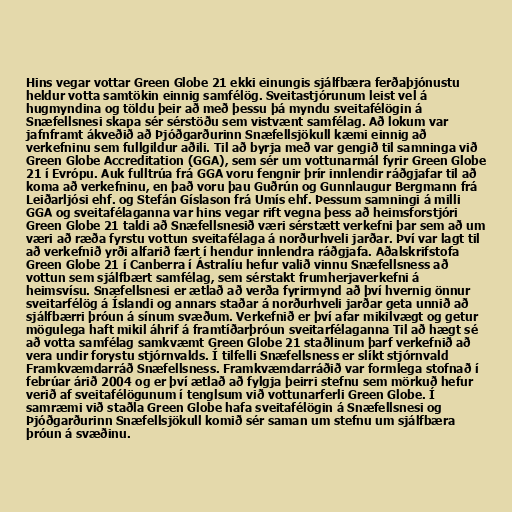
Hins vegar vottar Green Globe 21 ekki einungis sjálfbæra ferðaþjónustu
heldur votta samtökin einnig samfélög. Sveitastjórunum leist vel á
hugmyndina og töldu þeir að með þessu þá myndu sveitafélögin á
Snæfellsnesi skapa sér sérstöðu sem vistvænt samfélag. Að lokum var
jafnframt ákveðið að Þjóðgarðurinn Snæfellsjökull kæmi einnig að
verkefninu sem fullgildur aðili. Til að byrja með var gengið til samninga við
Green Globe Accreditation (GGA), sem sér um vottunarmál fyrir Green Globe
21 í Evrópu. Auk fulltrúa frá GGA voru fengnir þrír innlendir ráðgjafar til að
koma að verkefninu, en það voru þau Guðrún og Gunnlaugur Bergmann frá
Leiðarljósi ehf. og Stefán Gíslason frá Umís ehf. Þessum samningi á milli
GGA og sveitafélaganna var hins vegar rift vegna þess að heimsforstjóri
Green Globe 21 taldi að Snæfellsnesið væri sérstætt verkefni þar sem að um
væri að ræða fyrstu vottun sveitafélaga á norðurhveli jarðar. Því var lagt til
að verkefnið yrði alfarið fært í hendur innlendra ráðgjafa. Aðalskrifstofa
Green Globe 21 í Canberra í Ástralíu hefur valið vinnu Snæfellsness að
vottun sem sjálfbært samfélag, sem sérstakt frumherjaverkefni á
heimsvísu. Snæfellsnesi er ætlað að verða fyrirmynd að því hvernig önnur
sveitarfélög á Íslandi og annars staðar á norðurhveli jarðar geta unnið að
sjálfbærri þróun á sínum svæðum. Verkefnið er því afar mikilvægt og getur
mögulega haft mikil áhrif á framtíðarþróun sveitarfélaganna Til að hægt sé
að votta samfélag samkvæmt Green Globe 21 staðlinum þarf verkefnið að
vera undir forystu stjórnvalds. Í tilfelli Snæfellsness er slíkt stjórnvald
Framkvæmdarráð Snæfellsness. Framkvæmdarráðið var formlega stofnað í
febrúar árið 2004 og er því ætlað að fylgja þeirri stefnu sem mörkuð hefur
verið af sveitafélögunum í tenglsum við vottunarferli Green Globe. Í
samræmi við staðla Green Globe hafa sveitafélögin á Snæfellsnesi og
Þjóðgarðurinn Snæfellsjökull komið sér saman um stefnu um sjálfbæra
þróun á svæðinu.